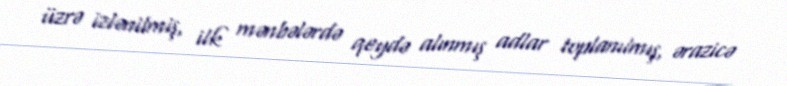
üzrə izlənilmiş, ilk mənbələrdə qeydə alınmış adlar toplanılmış, ərazicə